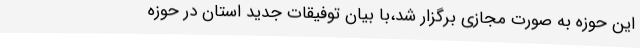
این حوزه به صورت مجازی برگزار شد،‌با بیان توفیقات جدید استان در حوزه